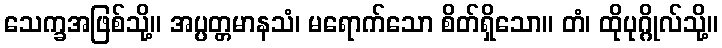
သေက္ခအဖြစ်သို့။ အပ္ပတ္တမာနသံ၊ မရောက်သော စိတ်ရှိသော။ တံ၊ ထိုပုဂ္ဂိုလ်သို့။